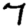
Digit: 7